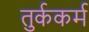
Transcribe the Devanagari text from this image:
तुर्ककर्म